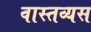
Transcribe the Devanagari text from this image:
वास्तव्यस